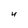
Character: U